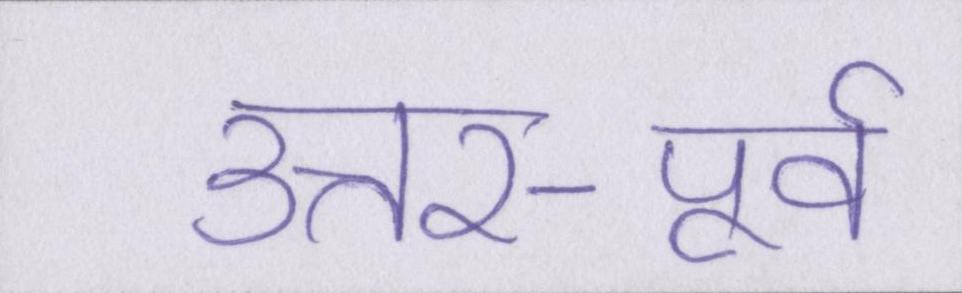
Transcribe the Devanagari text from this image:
उत्तर-पूर्व